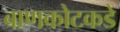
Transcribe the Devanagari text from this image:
बाणकोटकडे